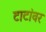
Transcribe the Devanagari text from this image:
टाटांवर